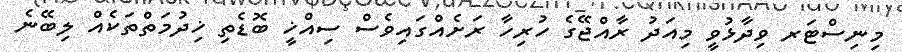
މިނިސްޓަރ ވިދާޅުވީ މިއަދު ރާއްޖޭގެ ހުރިހާ ރަށެއްގައިވެސް ސިއްޚީ ބޮޑެތި ޚިދުމަތްތަކެއް ލިބޭނެ